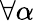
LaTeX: \forall\alpha